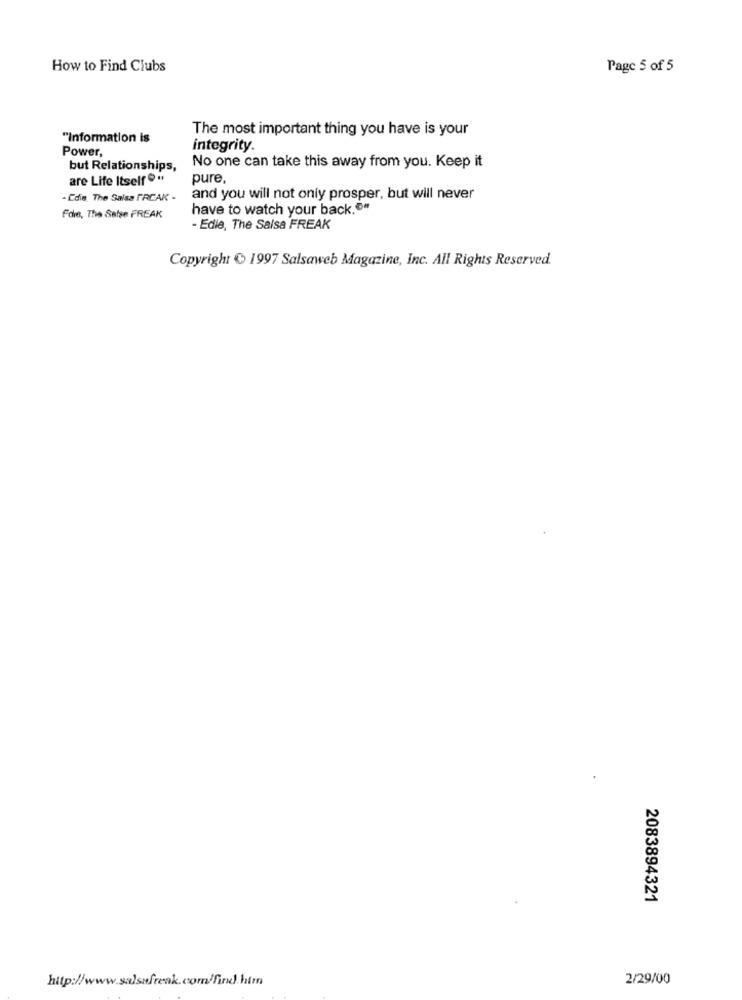
How to Find Clubs
Page 5 of 5
The most important thing you have is your
"Information is
Power,
integrity.
but Relationships,
No one can take this away from you. Keep it
are Life Itself "
pure.
- Cdie. The Salsa FRCAK -
and you will not only prosper, but will never
have to watch your back.""
Fore, The Salse FREAK
- Edie, The Salsa FREAK
Copyright € 1997 Salsaweb Magazine, Inc. All Rights Reserved.
2083894321
http://www.salsafreak.com/find.htm
2/29/00